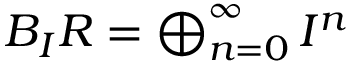
B _ { I } R = \textstyle \bigoplus _ { n = 0 } ^ { \infty } I ^ { n }